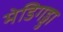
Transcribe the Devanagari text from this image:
मेडिगड्डा